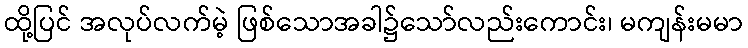
ထို့ပြင် အလုပ်လက်မဲ့ ဖြစ်သောအခါ၌သော်လည်းကောင်း၊ မကျန်းမမာ